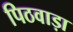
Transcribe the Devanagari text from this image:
पिठवाड़ा